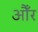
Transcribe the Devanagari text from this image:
औँर